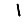
Digit: 1